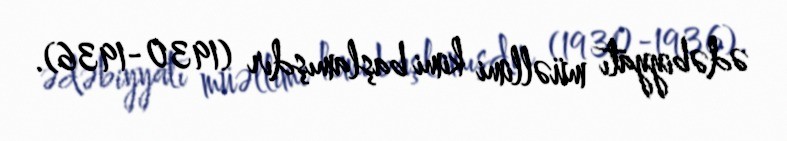
ədəbiyyatı müəllimi kimi başlamışdır (1930-1936).